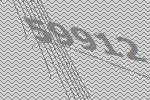
59912